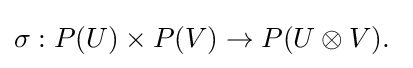
\sigma :P(U)\times P(V)\to P(U\otimes V).\